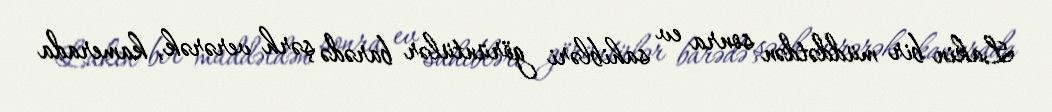
Lakin bir müddətdən sonra ev sahibləri görüntülər barədə şərh verərək, kamerada